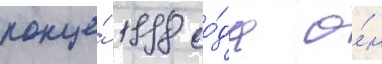
конце́ 1998 го́да о́н